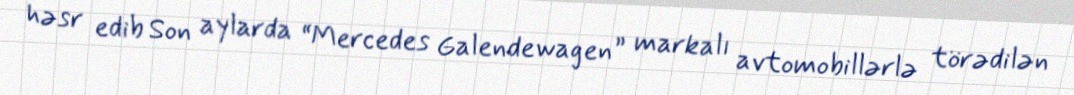
həsr edib Son aylarda “Mercedes Galendewagen” markalı avtomobillərlə törədilən